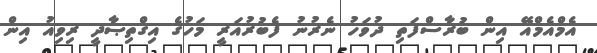
އެމްއެމްއޭ އިން ބުރާސްފަތި ދުވަހު ނެރުނު ފެބުރުއަރީ މަހުގެ އިގްތިޞާދީ ރިވިއު އިން